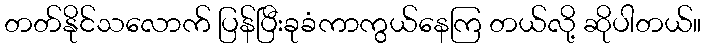
တတ်နိုင်သလောက် ပြန်ပြီးခုခံကာကွယ်နေကြ တယ်လို့ ဆိုပါတယ်။